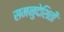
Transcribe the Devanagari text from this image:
समनुदेशिती